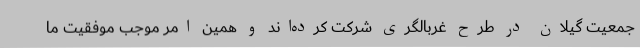
جمعیت گیلان در طرح غربالگری شرکت کرده‌اند و همین امر موجب موفقیت ما